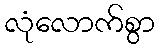
လုံလောက်စွာ